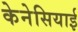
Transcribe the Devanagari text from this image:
केनेसियाई